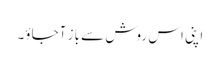
اپنی اس روش سے باز آجاؤ۔